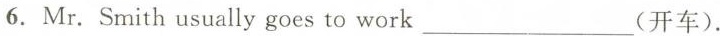
6. Mr. Smith usually goes to work ___ (开车).